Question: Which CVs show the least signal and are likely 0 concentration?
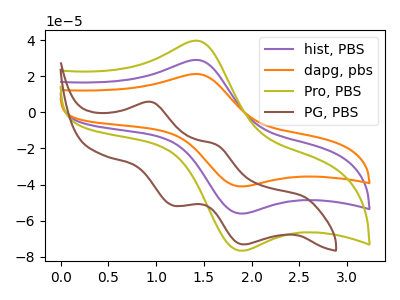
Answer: <think>The purple curve "hist, PBS" has an anodic peak at (1.40V, 29.10uA) and a cathodic peak at (1.90V, -56.15uA). The orange curve "dapg, pbs" has an anodic peak at (1.40V, 58.20uA) and a cathodic peak at (1.90V, -112.30uA). The olive curve "Pro, PBS" has an anodic peak at (1.40V, 39.80uA) and a cathodic peak at (1.90V, -76.75uA). The brown curve "PG, PBS" has anodic peaks at (0.95V, 5.75uA) (1.65V, -17.95uA) and cathodic peaks at (1.20V, -51.65uA) (1.90V, -73.20uA).</think>
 <answer>There are not any CV's on this graph that are likely to be blanks.</answer>
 <eval>none</eval>